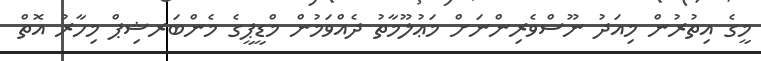
މީގެ އިތުރުން މިއަދު ނޫސްވެރިންނަށް މަޢުލޫމާތު ދެއްވަމުން މްޑީޕީގެ މެންބަރޝިޕް މިހާރު އޮތް